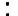
: